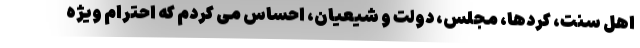
اهل سنت، کردها، مجلس، دولت و شیعیان، احساس می کردم که احترام ویژه